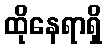
ထိုနေရာရှိ